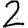
Digit: 2